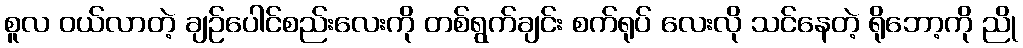
စူလ ဝယ်လာတဲ့ ချဉ်ပေါင်စည်းလေးကို တစ်ရွက်ချင်း စက်ရုပ် လေးလို သင်နေတဲ့ ရိုဘော့ကို ညို